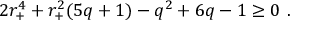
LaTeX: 2 r _ { + } ^ { 4 } + r _ { + } ^ { 2 } ( 5 q + 1 ) - q ^ { 2 } + 6 q - 1 \ge 0 \ .